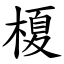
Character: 榎